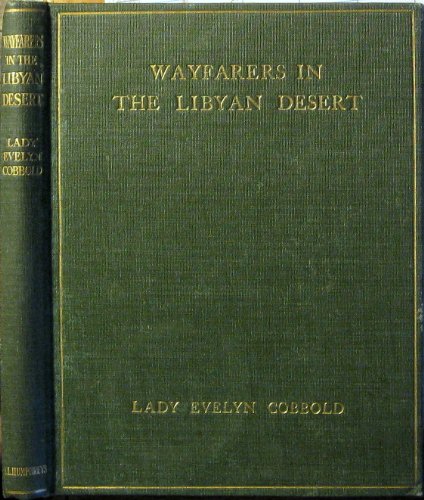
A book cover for Wayfarers in the Libyan Desert,; Lady Evelyn Cobbold; Travel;